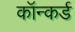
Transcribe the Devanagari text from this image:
कॉन्कर्ड